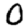
Digit: 0